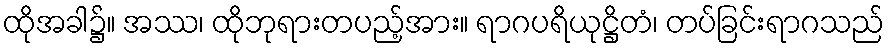
ထိုအခါ၌။ အဿ၊ ထိုဘုရားတပည့်အား။ ရာဂပရိယုဋ္ဌိတံ၊ တပ်ခြင်းရာဂသည်